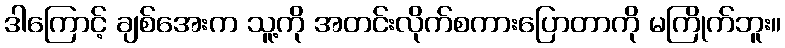
ဒါကြောင့် ချစ်အေးက သူ့ကို အတင်းလိုက်စကားပြောတာကို မကြိုက်ဘူး။